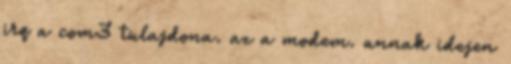
irq a com3 tulajdona. az a modem. annak idejen